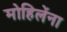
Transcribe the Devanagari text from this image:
मोहिलेंना